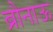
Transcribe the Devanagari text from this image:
ब्रौनाऊ